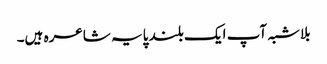
بلاشبہ آپ ایک بلند پایہ شاعرہ ہیں۔